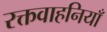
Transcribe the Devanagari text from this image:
रक्तवाहनियाँ